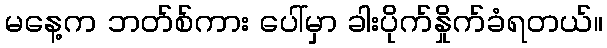
မနေ့က ဘတ်စ်ကား ပေါ်မှာ ခါးပိုက်နှိုက်ခံရတယ်။